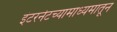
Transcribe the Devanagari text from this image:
इंटरनेटच्यामाध्यमातून